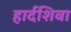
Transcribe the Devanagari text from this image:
हार्दशिवा